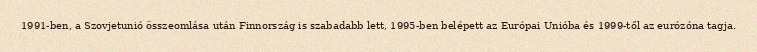
1991-ben, a Szovjetunió összeomlása után Finnország is szabadabb lett, 1995-ben belépett az Európai Unióba és 1999-től az eurózóna tagja.